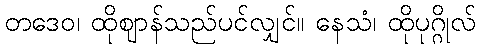
တဒေဝ၊ ထိုဈာန်သည်ပင်လျှင်။ နေသံ၊ ထိုပုဂ္ဂိုလ်